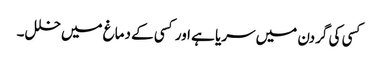
کسی کی گردن میں سریا ہے اور کسی کے دماغ میں خلل۔